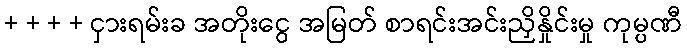
+ + + + ငှားရမ်းခ အတိုးငွေ အမြတ် စာရင်းအင်းညှိနှိုင်းမှု ကုမ္ပဏီ